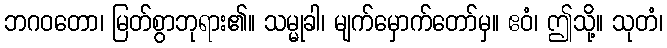
ဘဂဝတော၊ မြတ်စွာဘုရား၏။ သမ္မုခါ၊ မျက်မှောက်တော်မှ။ ဧဝံ၊ ဤသို့။ သုတံ၊